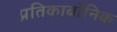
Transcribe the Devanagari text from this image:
प्रतिकार्बोनिक